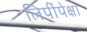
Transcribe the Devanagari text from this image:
लिपींपेक्षा